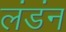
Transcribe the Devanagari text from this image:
लंडंन